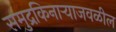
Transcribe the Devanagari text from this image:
समुद्रकिनाऱ्याजवळील